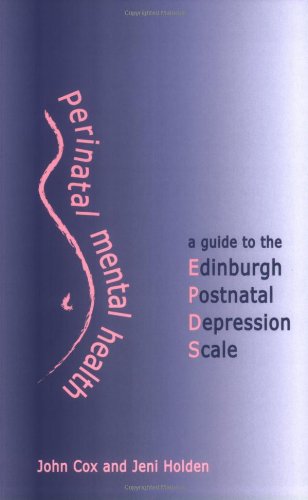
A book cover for Perinatal Mental Health: A Guide to the EPDS; John Cox; Health, Fitness & Dieting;